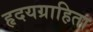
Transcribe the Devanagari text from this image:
हृदयग्राहिता